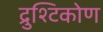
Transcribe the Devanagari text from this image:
द्रुश्टिकोण